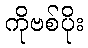
ကိုဗစ်ပိုး